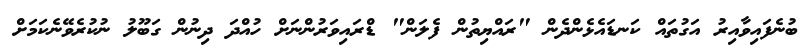
ބުނެފައިވާއިރު އަގުތައް ކަނޑައެޅެންދެން "ރައްޔިތުން ފެލަން" ޑްރައިވަރުންނަށް ހުއްދަ ދިނުން ގަބޫލު ނުކުރެވޭނެކަމަށް